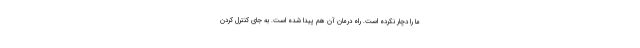
ما را دچار نکرده است. راه درمان آن هم پیدا شده است. به جای کنترل کردن